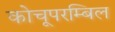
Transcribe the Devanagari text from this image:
कोचूपरम्बिल